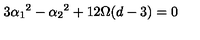
3 \alpha _ { 1 } { } ^ { 2 } - \alpha _ { 2 } { } ^ { 2 } + 1 2 \Omega ( d - 3 ) = 0